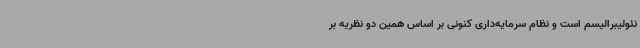
نئولیبرالیسم است و نظام سرمایه‌داری کنونی بر اساس همین دو نظریه بر